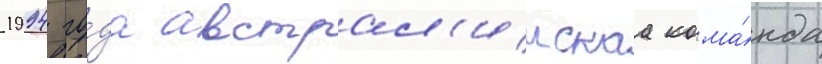
1994 го́да австрал'иискаа кома́нда